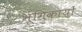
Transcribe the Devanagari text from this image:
भूमिकायों